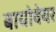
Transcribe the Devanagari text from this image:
बायोवेयर